Vaccination in Bombay 1874-1876 - 1874-1876
Year: 1874
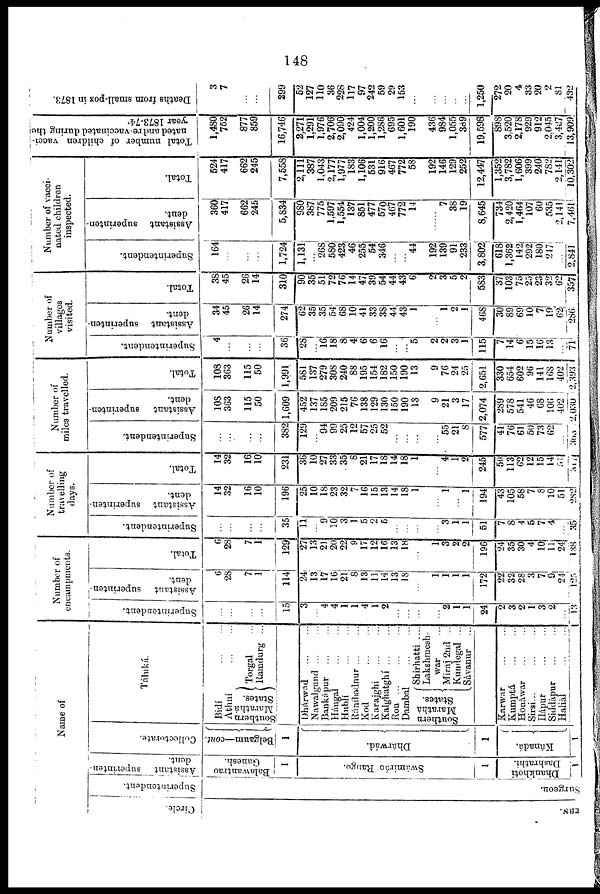
148
Name of
Circle.
ERN.
Superintendent.
Surgeon.
Assistant
superinten-
dent.
Balawantrao
Ganesh.
1
Swámiráo Rango.
1
Dhankhoti
Dashrathi.
1
Collectorate.
Belgaum—cont.
1
Dhárwád.
1
Kánadá.
1
Táluká.
Bidí
...
...
Athní
...
...
Southern
Marathá
States.
Torgal ...
Ramdurg ...
Dhárwad
...
...
Nawalgund ... ...
Bankápur ... ...
Hángal ... ...
Hublí
...
...
Ránibadnur ... ...
Kod
...
...
Karajghi ... ...
Kalghatghí ... ...
Ron
...
...
...
Dambal
...
...
Southern
Marathá
States.
Shirhatti ....
Lakshmesh¬
war ...
Miraj 2nd ...
Kundegal ...
Sávanur ...
Karwar ... ...
Kumptá ... ...
Honáwar ... ...
Sirsi...
...
...
Ilápur
...
...
Siddápur
...
...
Haliàl
...
...
1
Number of
encampments.
Superintendent.
...
...
...
...
15
3
...
4
4
1
1
4
1
2
...
...
...
...
2
1
1
24
2
3
2
1
3
2
...
13
Assistant
superinten¬
dent.
6
28
7
1
114
24
13
17
16
21
8
13
11
14
13
18
...
1
1
1
1
172
22
32
28
3
7
9
24
125
Total.
6
28
7
1
129
27
13
21
20
22
9
17
12
16
13
18
...
1
3
2
2
196
24
35
30
4
10
11
24
138
Number of
travelling
days.
Superintendent.
...
...
...
...
35
11
...
9
10
3
1
5
2
5
...
...
...
...
3
1
1
51
7
8
4
5
7
4
...
35
Assistant superinten-
dent.
14
32
16
10
196
25
10
18
23
32
7
16
15
13
14
18
1
...
1
...
1
194
43
105
58
7
8
10
51
282
Total.
14
32
16
10
231
36
10
27
33
35
8
21
17
18
14
18
1
...
4
1
2
245
50
113
62
12
15
14
51
317
Number of
miles travelled.
Superintendent.
...
...
...
...
382
129
...
94
99
25
12
57
25
52
...
...
...
...
55
21
8
577
41
76
61
50
73
62
...
363
Assistant
superinten-
dent.
108
363
115
50
1,609
452
137
185
209
215
76
138
129
130
150
190
13
9
21
3
17
2,074
289
578
541
46
68
106
402
2,030
Total.
108
363
115
50
1,991
581
137
279
308
240
88
195
154
182
150
190
13
9
76
24
25
2,651
330
654
602
96
141
168
402
2,393
Number of
villages
visited.
Superintendent.
4
...
...
...
36
28
...
16
18
8
4
6
6
16
...
...
5
2
2
3
1
115
7
14
6
15
16
13
...
71
Assistant superinten-
dent.
34
45
26
14
274
62
35
35
54
68
10
41
33
38
44
43
1
...
1
2
1
468
30
89
69
10
7
19
62
286
Total.
38
45
26
14
310
90
35
51
72
76
14
47
39
54
44
43
6
2
3
5
2
583
37
103
75
25
23
32
62
357
Number of vacci-
nated children
inspected.
Superintendent.
164
...
...
...
1,724
1,131
...
268
580
423
46
255
54
346
...
...
44
192
139
91
233
3,802
618
1,362
142
292
180
247
...
2,841
Assistant superinten-
dent.
360
417
662
245
5,834
980
387
775
1,597
1,554
137
851
477
570
467
772
14
......
7
38
19
8,645
734
2,420
1,464
107
60
535
2,141
7,461
Total.
524
417
662
245
7,558
2,111
387
1,043
2,177
1,977
183
1,106
531
916
467
772
58
192
146
129
252
12,447
1,352
3,782
1,606
399
240
782
2, 141
10,302
Total number of children vacci-
nated and re-vaccinated during the
year
1873-74.
1,480
752
877
859
16,746
2,271
1,291
1,976
2,706
2,090
424
1,004
1,200
1,286
695
1,601
190
436
984
1,055
389
19,598
898
3,520
2,178
929
912
2,045
3,427
13,909
Deaths from small-pox in 1873.
3
7
...
...
299
52
127
110 36
228
117
97
242
59
29
153
...
...
...
...
...
1,250
272
20
4
33
20
2
81
432